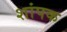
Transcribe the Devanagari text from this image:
शांपक